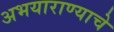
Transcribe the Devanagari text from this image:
अभयाराण्याचे